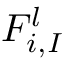
F _ { i , I } ^ { l }